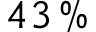
4 3 \, \%